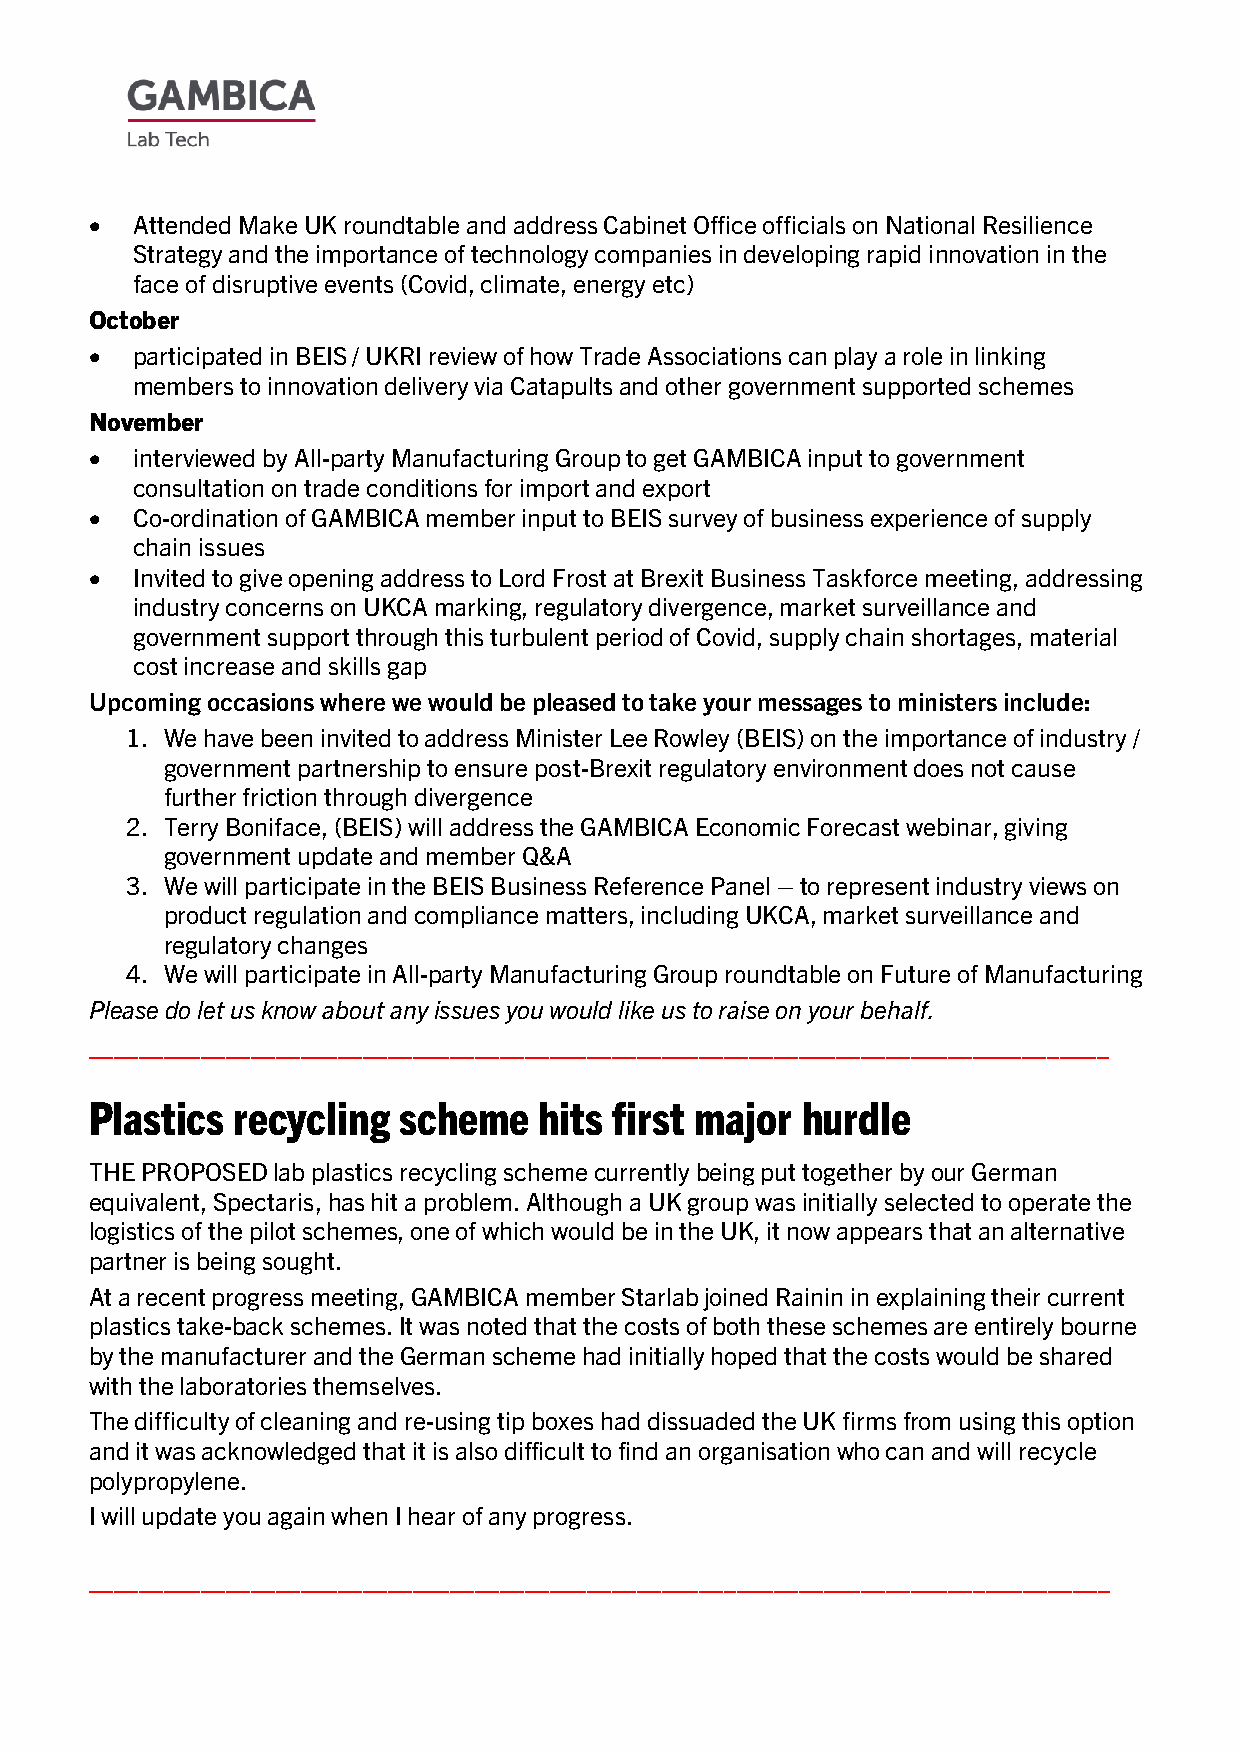
•  Attended Make UK roundtable and address Cabinet Office officials on National Resilience
 Strategy and the importance of technology companies in developing rapid innovation in the
 face of disruptive events (Covid, climate, energy etc)
 October
 •  participated in BEIS / UKRI review of how Trade Associations can play a role in linking
 members to innovation delivery via Catapults and other government supported schemes
 November
 •  interviewed by All-party Manufacturing Group to get GAMBICA input to government
 consultation on trade conditions for import and export
 •  Co-ordination of GAMBICA member input to BEIS survey of business experience of supply
 chain issues
 •  Invited to give opening address to Lord Frost at Brexit Business Taskforce meeting, addressing
 industry concerns on UKCA marking, regulatory divergence, market surveillance and
 government support through this turbulent period of Covid, supply chain shortages, material
 cost increase and skills gap
 Upcoming occasions where we would be pleased to take your messages to ministers include:
 1. We have been invited to address Minister Lee Rowley (BEIS) on the importance of industry /
 government partnership to ensure post-Brexit regulatory environment does not cause
 further friction through divergence
 2. Terry Boniface, (BEIS) will address the GAMBICA Economic Forecast webinar, giving
 government update and member Q&A
 3. We will participate in the BEIS Business Reference Panel – to represent industry views on
 product regulation and compliance matters, including UKCA, market surveillance and
 regulatory changes
 4. We will participate in All-party Manufacturing Group roundtable on Future of Manufacturing
 Please do let us know about any issues you would like us to raise on your behalf.
 __________________________________________________________________________________
 Plastics recycling  scheme    hits first major hurdle
 THE PROPOSED lab plastics recycling scheme currently being put together by our German
 equivalent, Spectaris, has hit a problem. Although a UK group was initially selected to operate the
 logistics of the pilot schemes, one of which would be in the UK, it now appears that an alternative
 partner is being sought.
 At a recent progress meeting, GAMBICA member Starlab joined Rainin in explaining their current
 plastics take-back schemes. It was noted that the costs of both these schemes are entirely bourne
 by the manufacturer and the German scheme had initially hoped that the costs would be shared
 with the laboratories themselves.
 The difficulty of cleaning and re-using tip boxes had dissuaded the UK firms from using this option
 and it was acknowledged that it is also difficult to find an organisation who can and will recycle
 polypropylene.
 I will update you again when I hear of any progress.
 __________________________________________________________________________________